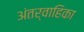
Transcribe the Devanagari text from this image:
अंतर्वाहिका